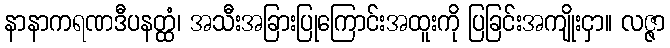
နာနာကရဏဒီပနတ္ထံ၊ အသီးအခြားပြုကြောင်းအထူးကို ပြခြင်းအကျိုးငှာ။ လဇ္ဇာ